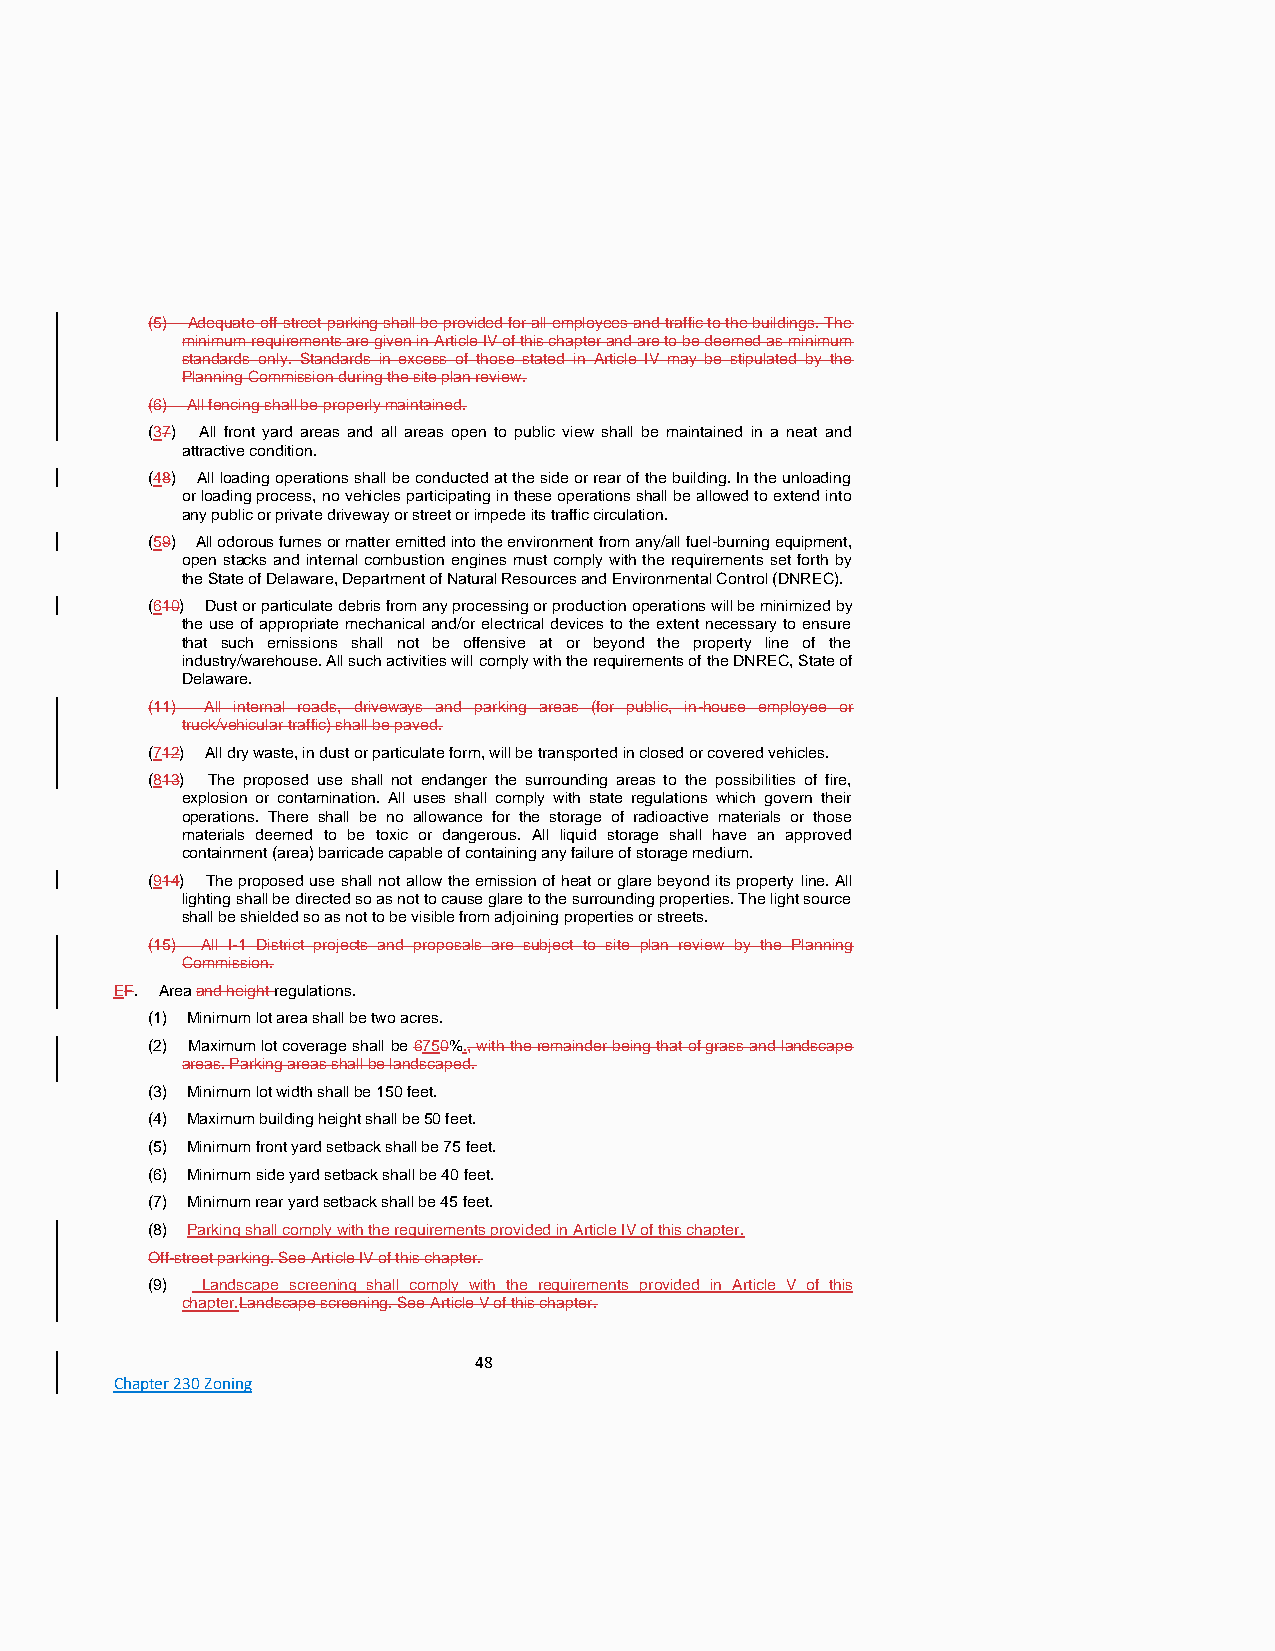
(5) Adequate off-street parking shall be provided for all employees and traffic to the buildings. The
 minimum requirements are given in Article IV of this chapter and are to be deemed as minimum
 standards only. Standards in excess of those stated in Article IV may be stipulated by the
 Planning Commission during the site plan review.
 (6) All fencing shall be properly maintained.
 (37) All front yard areas and all areas open to public view shall be maintained in a neat and
 attractive condition.
 (48) All loading operations shall be conducted at the side or rear of the building. In the unloading
 or loading process, no vehicles participating in these operations shall be allowed to extend into
 any public or private driveway or street or impede its traffic circulation.
 (59) All odorous fumes or matter emitted into the environment from any/all fuel-burning equipment,
 open stacks and internal combustion engines must comply with the requirements set forth by
 the State of Delaware, Department of Natural Resources and Environmental Control (DNREC).
 (610) Dust or particulate debris from any processing or production operations will be minimized by
 the use of appropriate mechanical and/or electrical devices to the extent necessary to ensure
 that such emissions shall not be offensive at or beyond the property line of the
 industry/warehouse. All such activities will comply with the requirements of the DNREC, State of
 Delaware.
 (11) All internal roads, driveways and parking areas (for public, in-house employee or
 truck/vehicular traffic) shall be paved.
 (712) All dry waste, in dust or particulate form, will be transported in closed or covered vehicles.
 (813) The proposed use shall not endanger the surrounding areas to the possibilities of fire,
 explosion or contamination. All uses shall comply with state regulations which govern their
 operations. There shall be no allowance for the storage of radioactive materials or those
 materials deemed to be toxic or dangerous. All liquid storage shall have an approved
 containment (area) barricade capable of containing any failure of storage medium.
 (914) The proposed use shall not allow the emission of heat or glare beyond its property line. All
 lighting shall be directed so as not to cause glare to the surrounding properties. The light source
 shall be shielded so as not to be visible from adjoining properties or streets.
 (15) All I-1 District projects and proposals are subject to site plan review by the Planning
 Commission.
 EF. Area and height regulations.
 (1) Minimum lot area shall be two acres.
 (2) Maximum lot coverage shall be 6750%., with the remainder being that of grass and landscape
 areas. Parking areas shall be landscaped.
 (3) Minimum lot width shall be 150 feet.
 (4) Maximum building height shall be 50 feet.
 (5) Minimum front yard setback shall be 75 feet.
 (6) Minimum side yard setback shall be 40 feet.
 (7) Minimum rear yard setback shall be 45 feet.
 (8) Parking shall comply with the requirements provided in Article IV of this chapter.
 Off-street parking. See Article IV of this chapter.
 (9) Landscape screening shall comply with the requirements provided in Article V of this
 chapter.Landscape screening. See Article V of this chapter.
 48
 Chapter 230 Zoning